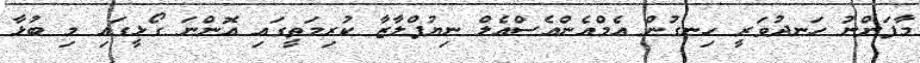
މާފަންނު ހަނދުވަރީ ހިނގުން އެމްއެންއެސްއެލް ނިޔުޕްލާޒާ ކުރިމަތީގައި އޮންނަ ގޯޅީގައި މި ބުޅާ